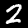
Label: 2